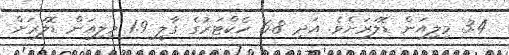
3.4 މިލިއަން ޑޮލަރަށެވެ. އަދި 6.8 ހެކްޓަރުގެ ގާލީ 1.9 މިލިއަން ޑޮލަރަށް